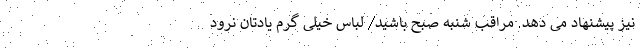
نیز پیشنهاد می دهد. مراقب شنبه صبح باشید/ لباس خیلی گرم یادتان نرود